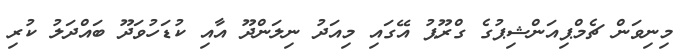
މިނިވަން ޗެމްޕިއަންޝިޕުގެ ގްރޫޕު އޭގައި މިއަދު ނިލަންދޫ އާއި ކުޑަހުވަދޫ ބައްދަލު ކުރި